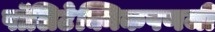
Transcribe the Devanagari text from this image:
पॉलिटेक्निकपणजी